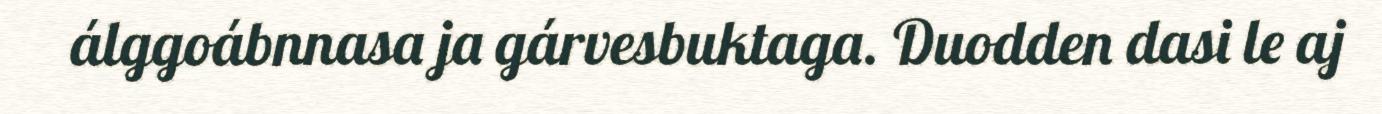
álggoábnnasa ja gárvesbuktaga. Duodden dasi le aj